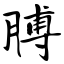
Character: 膊